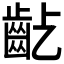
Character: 𪗚